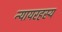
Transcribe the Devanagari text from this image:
न्यायरहस्य